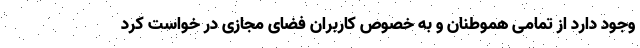
وجود دارد از تمامی هموطنان و به خصوص کاربران فضای مجازی در خواست کرد